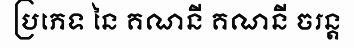
ប្រភេទ នៃ គណនី គណនី ចរន្ត